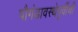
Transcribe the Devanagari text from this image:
पौगंडावस्थेपूर्वीची